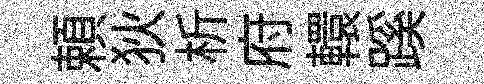
頼狄析府轘蹊